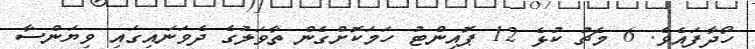
ހޯދާފައެވެ. 6 މެޗު ކުޅެ 12 ޕޮއިންޓު ހަމަކޮށްގެން ތާވަލުގެ ދެވަނައިގައި ވިޔަންސާ